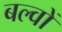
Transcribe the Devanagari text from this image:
बल्वों